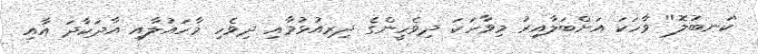
'ކަނބުލޮ'' ވާހަކަ އަށްބަލާއިރު މިވާހަކަ ދިވެހީންގެ ދިރިއުޅުމާއި ދިވެހި މާހައުލާއި އާދަކާދަ އާއި